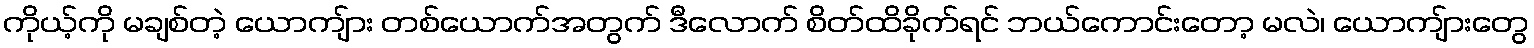
ကိုယ့်ကို မချစ်တဲ့ ယောကျ်ား တစ်ယောက်အတွက် ဒီလောက် စိတ်ထိခိုက်ရင် ဘယ်ကောင်းတော့ မလဲ၊ ယောကျ်ားတွေ